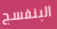
البنفسج